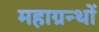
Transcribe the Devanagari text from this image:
महाग्रन्थों